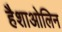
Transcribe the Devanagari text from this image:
हैशाओलिन